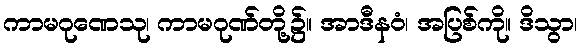
ကာမဂုဏေသု၊ ကာမဂုဏ်တို့၌။ အာဒီနဝံ၊ အပြစ်ကို။ ဒိသွာ၊